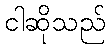
ငါဆိုသည်